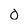
Character: 0